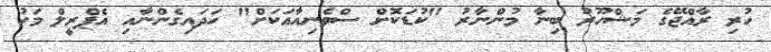
ހުރި ރާއްޖޭގެ މަޝްހޫރު ބިނާ މުންނާރު "ކުޑަކޮށް ސްވެނިއާއަކަށް" ހަދައިގެންނާއި އެޕްރީލް މަހު